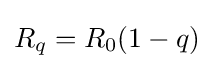
R_{q}=R_{0}(1-q)